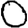
Digit: 0